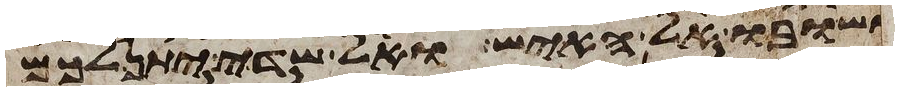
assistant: ושובו אל האיש ואל שדי יתן לכם